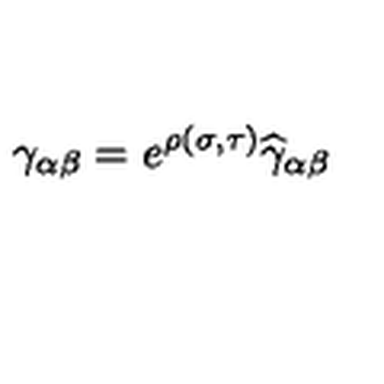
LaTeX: \gamma _ { \alpha \beta } = e ^ { \rho ( \sigma , \tau ) } { \widehat \gamma } _ { \alpha \beta }